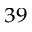
^ { 3 9 }